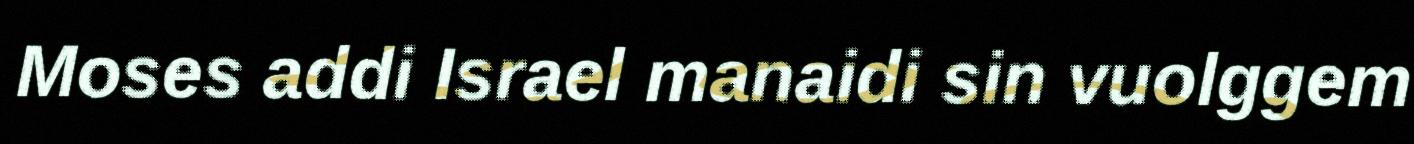
Moses addi Israel manaidi sin vuolggem